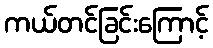
ကယ်တင်ခြင်းကြောင့်